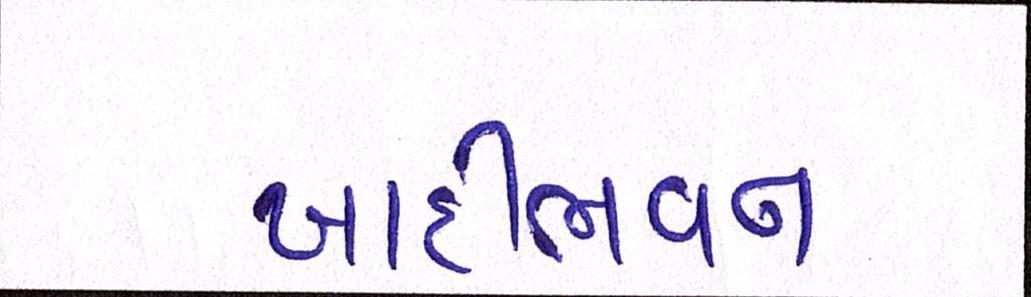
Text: ખાદીભવન